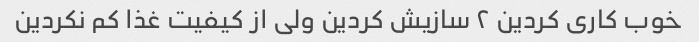
خوب کاری کردین ۲ سازیش کردین ولی از کیفیت غذا کم نکردین